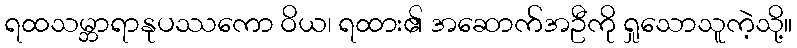
ရထသမ္ဘာရာနုပဿကော ဝိယ၊ ရထား၏ အဆောက်အဦကို ရှုသောသူကဲ့သို့။